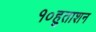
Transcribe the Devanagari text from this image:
१०हुताशन